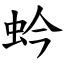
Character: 蚙